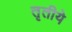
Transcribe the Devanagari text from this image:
तृतीये